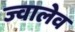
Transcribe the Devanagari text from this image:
ज्वालेव